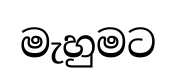
මැහුමට